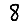
Digit: 8